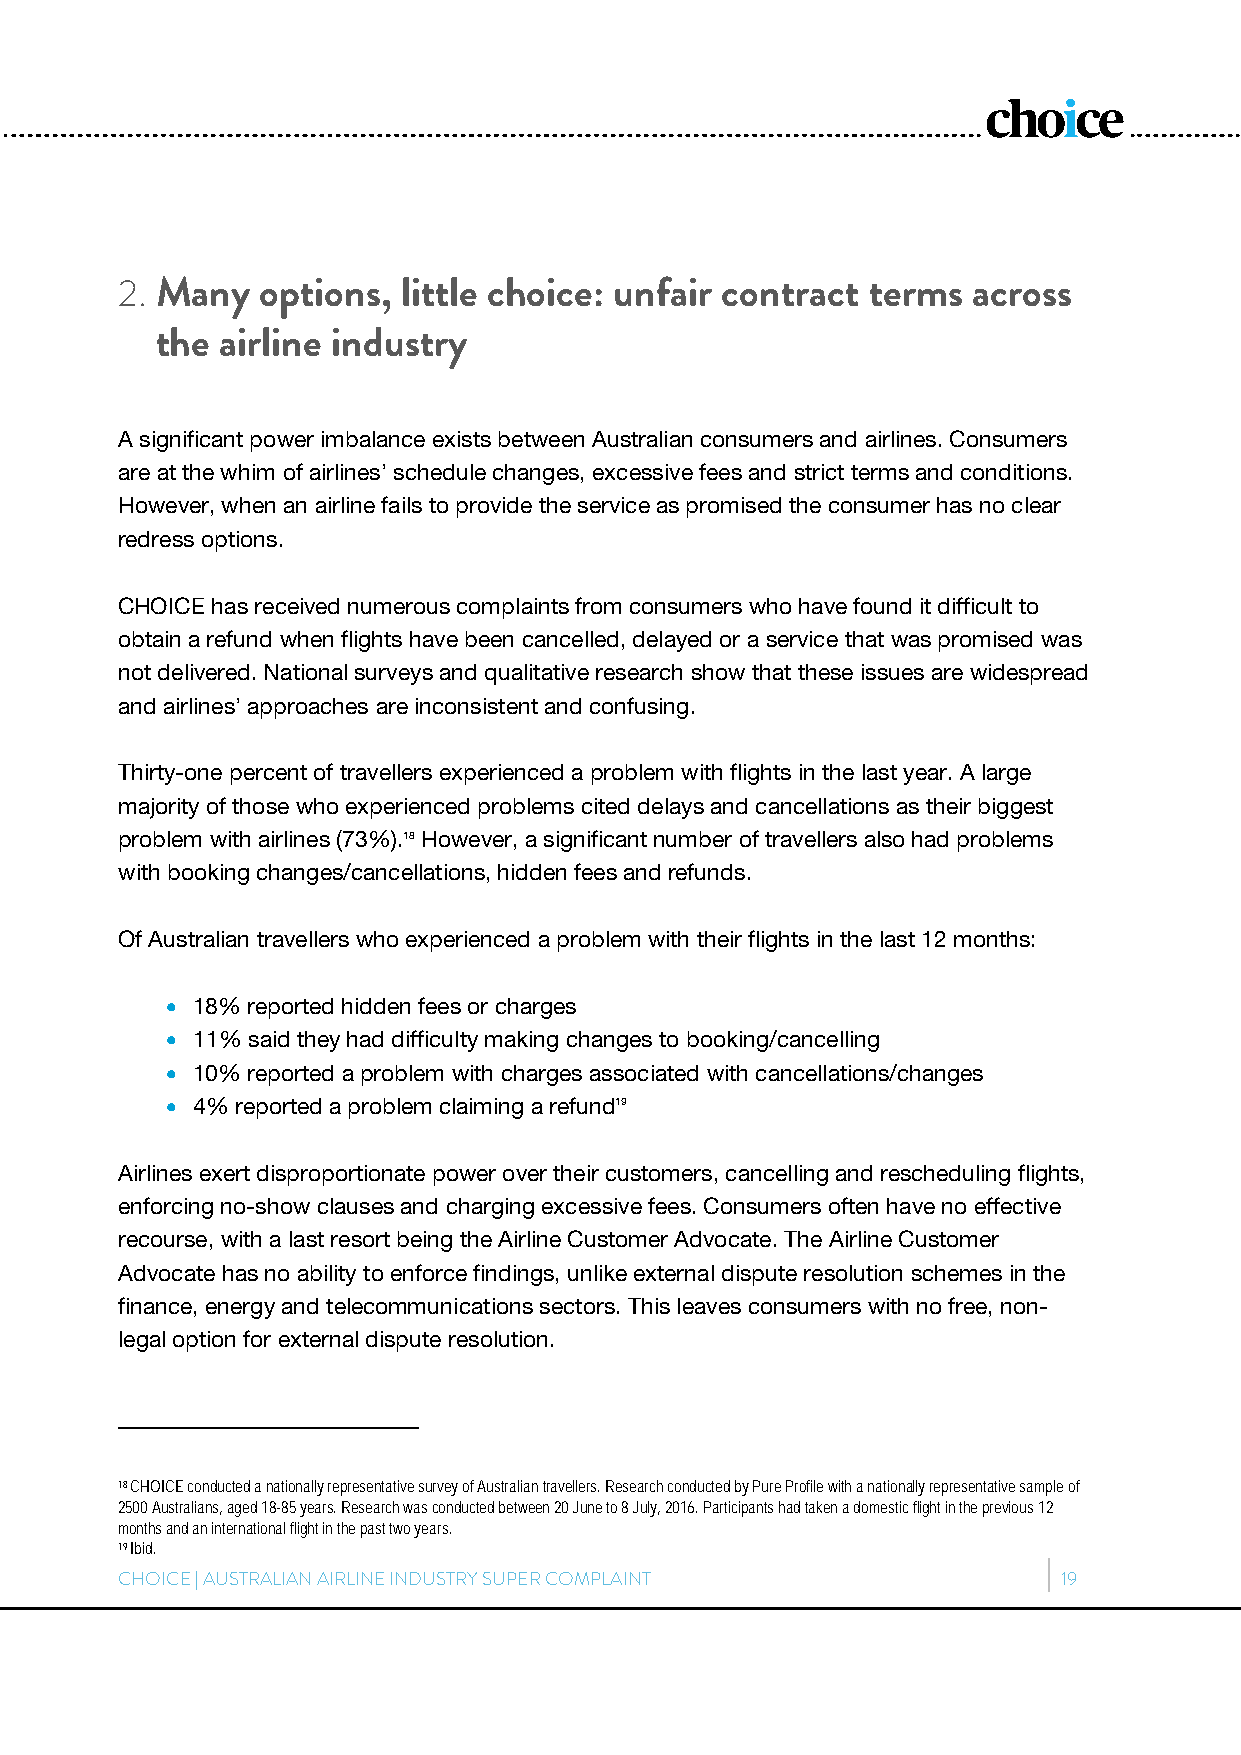
2. Many  options,  little choice: unfair contract terms across
 the  airline industry
 A significant power imbalance exists between Australian consumers and airlines. Consumers
 are at the whim of airlines’ schedule changes, excessive fees and strict terms and conditions.
 However, when an airline fails to provide the service as promised the consumer has no clear
 redress options.
 CHOICE has received numerous complaints from consumers who have found it difficult to
 obtain a refund when flights have been cancelled, delayed or a service that was promised was
 not delivered. National surveys and qualitative research show that these issues are widespread
 and airlines’ approaches are inconsistent and confusing.
 Thirty-one percent of travellers experienced a problem with flights in the last year. A large
 majority of those who experienced problems cited delays and cancellations as their biggest
 problem with airlines (73%).18 However, a significant number of travellers also had problems
 with booking changes/cancellations, hidden fees and refunds.
 Of Australian travellers who experienced a problem with their flights in the last 12 months:
  18% reported hidden fees or charges
  11% said they had difficulty making changes to booking/cancelling
  10% reported a problem with charges associated with cancellations/changes
  4% reported a problem claiming a refund19
 Airlines exert disproportionate power over their customers, cancelling and rescheduling flights,
 enforcing no-show clauses and charging excessive fees. Consumers often have no effective
 recourse, with a last resort being the Airline Customer Advocate. The Airline Customer
 Advocate has no ability to enforce findings, unlike external dispute resolution schemes in the
 finance, energy and telecommunications sectors. This leaves consumers with no free, non-
 legal option for external dispute resolution.
 18 CHOICE conducted a nationally representative survey of Australian travellers. Research conducted by Pure Profile with a nationally representative sample of
 2500 Australians, aged 18-85 years. Research was conducted between 20 June to 8 July, 2016. Participants had taken a domestic flight in the previous 12
 months and an international flight in the past two years.
 19 Ibid.
 CHOICE | AUSTRALIAN AIRLINE INDUSTRY SUPER COMPLAINT          19